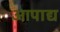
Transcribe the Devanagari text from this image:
आपाद्य